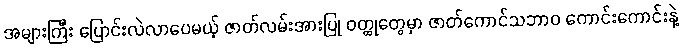
အများကြီး ပြောင်းလဲလာပေမယ့် ဇာတ်လမ်းအားပြု ဝတ္ထုတွေမှာ ဇာတ်ကောင်သဘာဝ ကောင်းကောင်းနဲ့